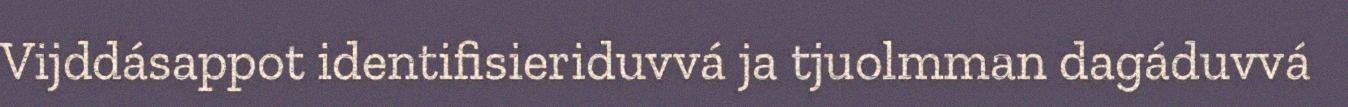
Vijddásappot identifisieriduvvá ja tjuolmman dagáduvvá